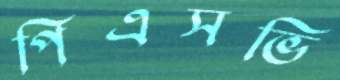
পিএসভি